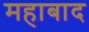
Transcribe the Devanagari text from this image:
महाबाद